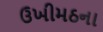
ઉખીમઠના